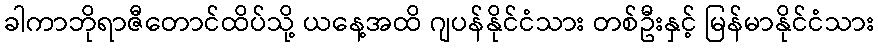
ခါကာဘိုရာဇီတောင်ထိပ်သို့ ယနေ့အထိ ဂျပန်နိုင်ငံသား တစ်ဦးနှင့် မြန်မာနိုင်ငံသား